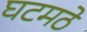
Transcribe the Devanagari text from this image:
घटमठे